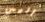
أليس